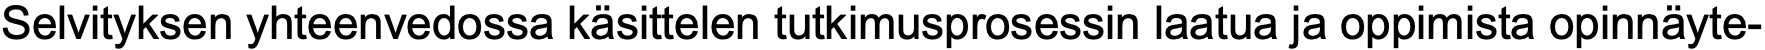
Selvityksen yhteenvedossa käsittelen tutkimusprosessin laatua ja oppimista opinnäyte-